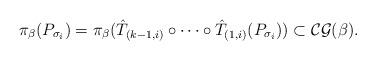
LaTeX: \begin{align*}\pi_{\beta}(P_{\sigma_i})=\pi_{\beta}(\hat T_{(k-1,i)}\circ \dots \circ\hat T_{(1,i)}(P_{\sigma_i}))\subset {\cal C\cal G}(\beta).\end{align*}